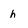
Character: h